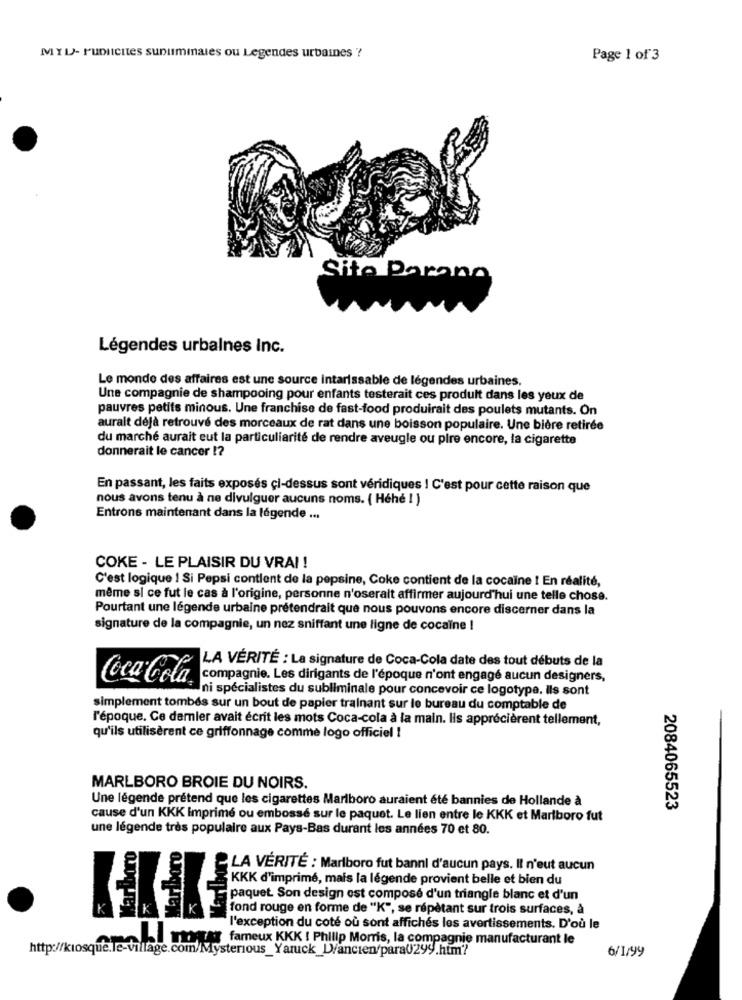
Page 1 of 3
Sito Parano
Légendes urbaines Inc.
Le monde des affaires est une source intarissable de légendes urbaines.
Une compagnie de shampooing pour enfants testerait ces produit dans les yeux de
pauvres petits minous. Une franchise de fast-food produirait des poulets mutants. On
aurait déjà retrouvé des morceaux de rat dans une boisson populaire. Une bière retirée
du marché aurait eut la particuliarité de rendre aveugle ou pire encore, la cigarette
donnerait le cancer !?
En passant, les faits exposés ci-dessus sont véridiques ! C'est pour cette raison que
nous avons tenu à ne divulguer aucuns noms. ( Héhé ! )
Entrons maintenant dans la légende ...
COKE - LE PLAISIR DU VRAI !
C'est logique ! Si Pepsi contient de la pepsine, Coke contient de la cocaïne ! En réalité,
même si ce fut le cas à l'origine, personne n'oserait affirmer aujourd'hui une telle chose.
Pourtant une légende urbaine prétendrait que nous pouvons encore discerner dans la
signature de la compagnie, un nez sniffant une ligne de cocaïne !
LA VÉRITÉ : La signature de Coca-Cola date des tout débuts de la
Coca Cola
compagnie. Les dirigants de l'époque n'ont engagé aucun designers,
ni spécialistes du subliminale pour concevoir ce logotype. ils sont
simplement tombés sur un bout de papier trainant sur le bureau du comptable de
l'époque. Ce demmler avait écrit les mots Coca-cola à la main. Ils apprécièrent tellement,
qu'ils utilisèrent ce griffonnage comme logo officiel !
MARLBORO BROIE DU NOIRS.
Une légende prétend que les cigarettes Marlboro auraient été bannies de Hollande à
2084065523
cause d'un KKK Imprimé ou embossé sur le paquet. Le lien entre le KKK et Marlboro fut
une légende très populaire aux Pays-Bas durant les années 70 et 80.
LA VÉRITÉ : Marlboro fut banni d'aucun pays. Il n'eut aucun
KKK d'imprimé, mais la légende provient belle et bien du
paquet Son design est compose d'un triangle blanc et d'un
K fond rouge en forme de "K", se répètant sur trois surfaces, à
l'exception du coté où sont affichés les avertissements. D'où le
himtar fameux KKK ! Philip Morris, la compagnie manufacturant le
http://kiosque.le-village.com/Mysterious_Yaruck_D/ancien/para0299.htm'?
6/1/99